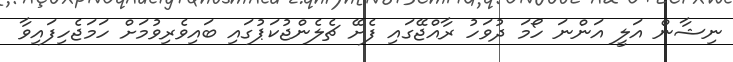
ނިޝާން އަލީ އަންނަ ހޯމަ ދުވަހު ރާއްޖޭގައި ފެށޭ ޗެލެންޖުކަޕުގައި ބައިވެރިވުމަށް ހަމަޖެހިފައިވާ